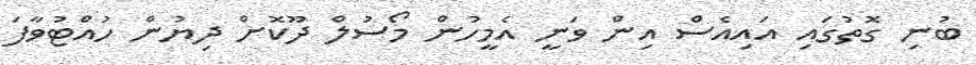
ބުނި ގޮތުގައި އައިއެސް އިން ވަނީ އެމީހުން މޯސުލް ދޫކޮށް ދިޔުން ހުއްޓުވާފަ